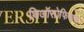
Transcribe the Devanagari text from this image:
थिऑसोफिकल